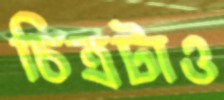
চিত্রটাও